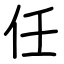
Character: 任